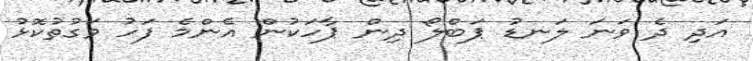
އަދި ދެ ވަނަ ލަނޑު ޕަބްލޯ ދިން ޕާހަކުން އެންމެ ފަހު ވަގުތުކޮޅު